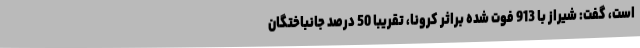
است، گفت: شیراز با 913 فوت شده براثر کرونا، تقریبا 50 درصد جانباختگان